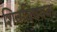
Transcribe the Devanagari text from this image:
शिवविषयक